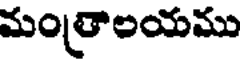
మంత్రాలయము